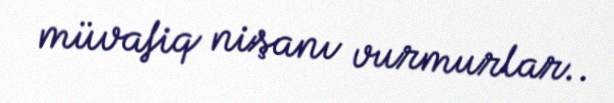
müvafiq nişanı vurmurlar..